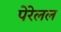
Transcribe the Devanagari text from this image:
पेरेलल